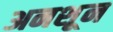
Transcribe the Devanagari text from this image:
अनशून